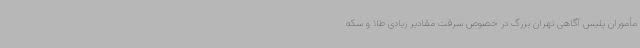
مأموران پلیس آگاهی تهران بزرگ در خصوص سرقت مقادیر زیادی طلا و سکه